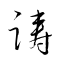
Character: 躊